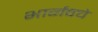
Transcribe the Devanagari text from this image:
भार्गवचे